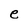
Character: e